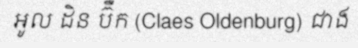
អូល ដិន ប៊ឺក (Claes Oldenburg) ជាង